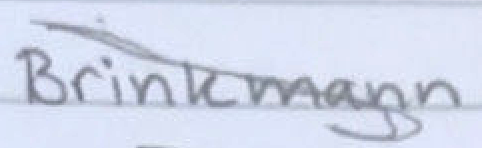
Text: Brinkmann
Cross-out: diagonal
Writing tool: pencil